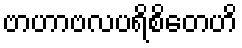
ဗာဟာဗလပရိစိတေဟိ